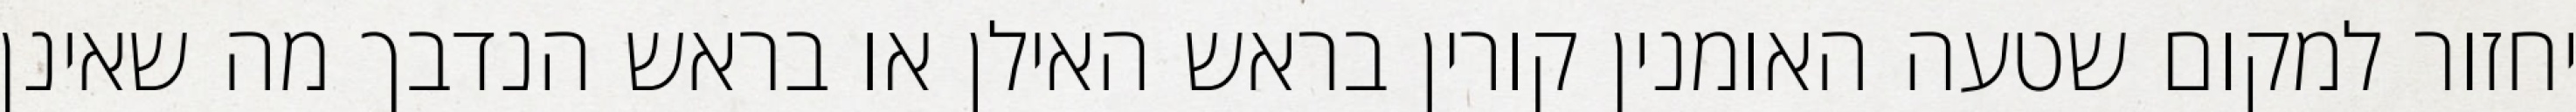
יחזור למקום שטעה האומנין קורין בראש האילן או בראש הנדבך מה שאינן